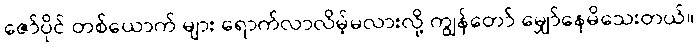
ဇော်ပိုင် တစ်ယောက် များ ရောက်လာလိမ့်မလားလို့ ကျွန်တော် မျှော်နေမိသေးတယ်။